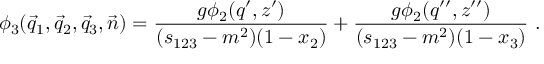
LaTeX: \phi _ { 3 } ( \vec { q } _ { 1 } , \vec { q } _ { 2 } , \vec { q } _ { 3 } , \vec { n } ) = \frac { g \phi _ { 2 } ( q ^ { \prime } , z ^ { \prime } ) } { ( s _ { 1 2 3 } - m ^ { 2 } ) ( 1 - x _ { 2 } ) } + \frac { g \phi _ { 2 } ( q ^ { \prime \prime } , z ^ { \prime \prime } ) } { ( s _ { 1 2 3 } - m ^ { 2 } ) ( 1 - x _ { 3 } ) } \ .